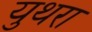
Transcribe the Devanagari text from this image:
युथरा